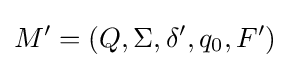
M'=(Q,\Sigma ,\delta ',q_{0},F')